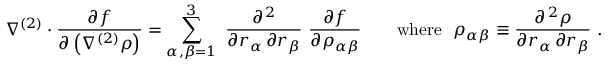
\nabla ^ { ( 2 ) } \cdot { \frac { \partial f } { \partial \left( \nabla ^ { ( 2 ) } \rho \right) } } = \sum _ { \alpha , \beta = 1 } ^ { 3 } \ { \frac { \partial ^ { \, 2 } } { \partial r _ { \alpha } \, \partial r _ { \beta } } } \ { \frac { \partial f } { \partial \rho _ { \alpha \beta } } } \qquad { \mathrm { w h e r e } } \ \ \rho _ { \alpha \beta } \equiv { \frac { \partial ^ { \, 2 } \rho } { \partial r _ { \alpha } \, \partial r _ { \beta } } } \ .